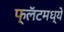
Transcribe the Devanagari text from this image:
फ्लॅटमध्ये